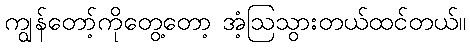
ကျွန်တော့်ကိုတွေ့တော့ အံ့ဩသွားတယ်ထင်တယ်။